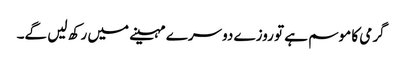
گرمی کا موسم ہے تو روزے دوسرے مہینے میں رکھ لیں گے۔